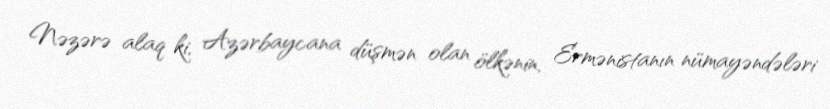
Nəzərə alaq ki, Azərbaycana düşmən olan ölkənin, Ermənistanın nümayəndələri